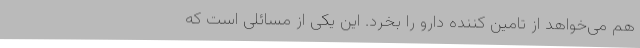
هم می‌خواهد از تامین کننده دارو را بخرد. این یکی از مسائلی است که